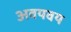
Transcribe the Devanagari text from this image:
अवयवय